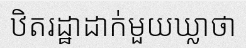
ឋិតរដ្ឋាដាក់មួយឃ្លាថា